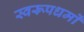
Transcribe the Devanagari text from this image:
स्वरूपधर्मों